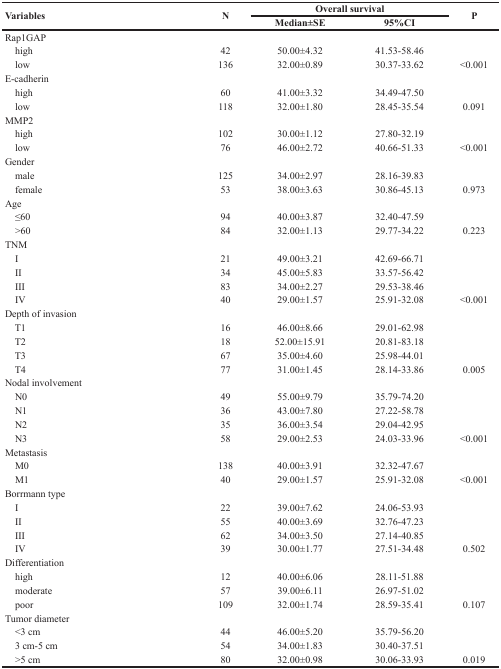
<table><thead><tr><td rowspan="2"><b>Variables</b></td><td rowspan="2"><b>N</b></td><td colspan="2"><b>Overall survival</b></td><td rowspan="2"><b>P</b></td></tr><tr><td><b>Median±SE</b></td><td><b>95%CI</b></td></tr></thead><tbody><tr><td>Rap1GAP</td><td></td><td></td><td></td><td></td></tr><tr><td> high</td><td>42</td><td>50.00±4.32</td><td>41.53-58.46</td><td></td></tr><tr><td> low</td><td>136</td><td>32.00±0.89</td><td>30.37-33.62</td><td>&lt;0.001</td></tr><tr><td>E-cadherin</td><td></td><td></td><td></td><td></td></tr><tr><td> high</td><td>60</td><td>41.00±3.32</td><td>34.49-47.50</td><td></td></tr><tr><td> low</td><td>118</td><td>32.00±1.80</td><td>28.45-35.54</td><td>0.091</td></tr><tr><td>MMP2</td><td></td><td></td><td></td><td></td></tr><tr><td> high</td><td>102</td><td>30.00±1.12</td><td>27.80-32.19</td><td></td></tr><tr><td> low</td><td>76</td><td>46.00±2.72</td><td>40.66-51.33</td><td>&lt;0.001</td></tr><tr><td>Gender</td><td></td><td></td><td></td><td></td></tr><tr><td> male</td><td>125</td><td>34.00±2.97</td><td>28.16-39.83</td><td></td></tr><tr><td> female</td><td>53</td><td>38.00±3.63</td><td>30.86-45.13</td><td>0.973</td></tr><tr><td>Age</td><td></td><td></td><td></td><td></td></tr><tr><td> ≤60</td><td>94</td><td>40.00±3.87</td><td>32.40-47.59</td><td></td></tr><tr><td> &gt;60</td><td>84</td><td>32.00±1.13</td><td>29.77-34.22</td><td>0.223</td></tr><tr><td>TNM</td><td></td><td></td><td></td><td></td></tr><tr><td> I</td><td>21</td><td>49.00±3.21</td><td>42.69-66.71</td><td></td></tr><tr><td> II</td><td>34</td><td>45.00±5.83</td><td>33.57-56.42</td><td></td></tr><tr><td> III</td><td>83</td><td>34.00±2.27</td><td>29.53-38.46</td><td></td></tr><tr><td> IV</td><td>40</td><td>29.00±1.57</td><td>25.91-32.08</td><td>&lt;0.001</td></tr><tr><td>Depth of invasion</td><td></td><td></td><td></td><td></td></tr><tr><td> T1</td><td>16</td><td>46.00±8.66</td><td>29.01-62.98</td><td></td></tr><tr><td> T2</td><td>18</td><td>52.00±15.91</td><td>20.81-83.18</td><td></td></tr><tr><td> T3</td><td>67</td><td>35.00±4.60</td><td>25.98-44.01</td><td></td></tr><tr><td> T4</td><td>77</td><td>31.00±1.45</td><td>28.14-33.86</td><td>0.005</td></tr><tr><td>Nodal involvement</td><td></td><td></td><td></td><td></td></tr><tr><td> N0</td><td>49</td><td>55.00±9.79</td><td>35.79-74.20</td><td></td></tr><tr><td> N1</td><td>36</td><td>43.00±7.80</td><td>27.22-58.78</td><td></td></tr><tr><td> N2</td><td>35</td><td>36.00±3.54</td><td>29.04-42.95</td><td></td></tr><tr><td> N3</td><td>58</td><td>29.00±2.53</td><td>24.03-33.96</td><td>&lt;0.001</td></tr><tr><td>Metastasis</td><td></td><td></td><td></td><td></td></tr><tr><td> M0</td><td>138</td><td>40.00±3.91</td><td>32.32-47.67</td><td></td></tr><tr><td> M1</td><td>40</td><td>29.00±1.57</td><td>25.91-32.08</td><td>&lt;0.001</td></tr><tr><td>Borrmann type</td><td></td><td></td><td></td><td></td></tr><tr><td> I</td><td>22</td><td>39.00±7.62</td><td>24.06-53.93</td><td></td></tr><tr><td> II</td><td>55</td><td>40.00±3.69</td><td>32.76-47.23</td><td></td></tr><tr><td> III</td><td>62</td><td>34.00±3.50</td><td>27.14-40.85</td><td></td></tr><tr><td> IV</td><td>39</td><td>30.00±1.77</td><td>27.51-34.48</td><td>0.502</td></tr><tr><td>Differentiation</td><td></td><td></td><td></td><td></td></tr><tr><td> high</td><td>12</td><td>40.00±6.06</td><td>28.11-51.88</td><td></td></tr><tr><td> moderate</td><td>57</td><td>39.00±6.11</td><td>26.97-51.02</td><td></td></tr><tr><td> poor</td><td>109</td><td>32.00±1.74</td><td>28.59-35.41</td><td>0.107</td></tr><tr><td>Tumor diameter</td><td></td><td></td><td></td><td></td></tr><tr><td> &lt;3 cm</td><td>44</td><td>46.00±5.20</td><td>35.79-56.20</td><td></td></tr><tr><td> 3 cm-5 cm</td><td>54</td><td>34.00±1.83</td><td>30.40-37.51</td><td></td></tr><tr><td> &gt;5 cm</td><td>80</td><td>32.00±0.98</td><td>30.06-33.93</td><td>0.019</td></tr></tbody></table>